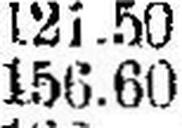
156.60